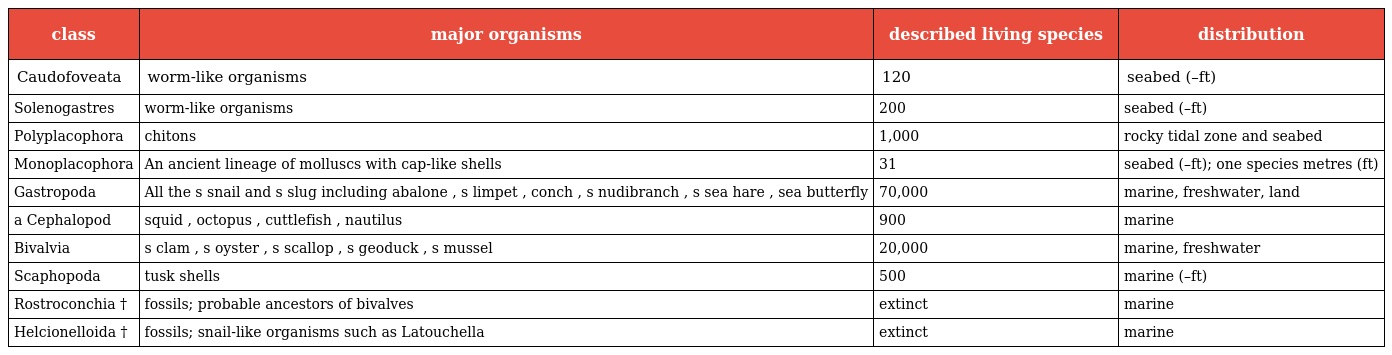
| class | major organisms | described living species | distribution |
 | --- | --- | --- | --- |
 | Caudofoveata | worm-like organisms | 120 | seabed (–ft) |
 | Solenogastres | worm-like organisms | 200 | seabed (–ft) |
 | Polyplacophora | chitons | 1,000 | rocky tidal zone and seabed |
 | Monoplacophora | An ancient lineage of molluscs with cap-like shells | 31 | seabed (–ft); one species metres (ft) |
 | Gastropoda | All the s snail and s slug including abalone , s limpet , conch , s nudibranch , s sea hare , sea butterfly | 70,000 | marine, freshwater, land |
 | a Cephalopod | squid , octopus , cuttlefish , nautilus | 900 | marine |
 | Bivalvia | s clam , s oyster , s scallop , s geoduck , s mussel | 20,000 | marine, freshwater |
 | Scaphopoda | tusk shells | 500 | marine (–ft) |
 | Rostroconchia † | fossils; probable ancestors of bivalves | extinct | marine |
 | Helcionelloida † | fossils; snail-like organisms such as Latouchella | extinct | marine |